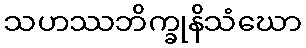
သဟဿဘိက္ခုနိသံဃော